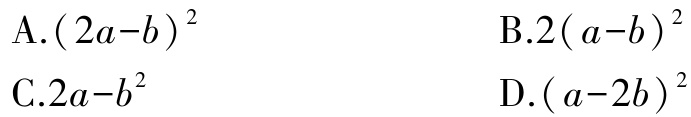
A.$(2a - b)^2$

B.$2(a - b)^2$

C.$2a - b^2$

D.$(a - 2b)^2$